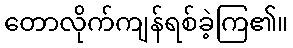
တောလိုက်ကျန်ရစ်ခဲ့ကြ၏။